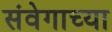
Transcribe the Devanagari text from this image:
संवेगाच्या